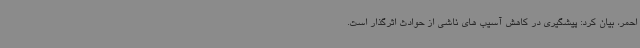
احمر، بیان کرد: پیشگیری در کاهش آسیب های ناشی از حوادث اثرگذار است.